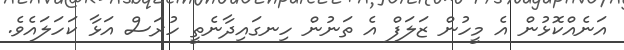
އަނެއްކޮޅުން އެ މީހުން ޒަލަފް އެ ތަނުން ހިނގައިދާނެތީ ހުރަސް އަޅާ ކަހަލައެވެ.